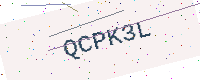
Text: QCPK3L